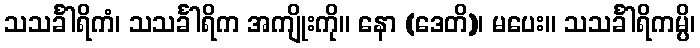
သသင်္ခါရိကံ၊ သသင်္ခါရိက အကျိုးကို။ နော (ဒေတိ)၊ မပေး။ သသင်္ခါရိကမ္ပိ၊